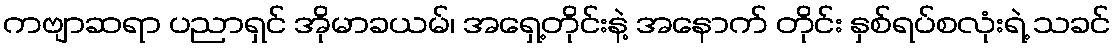
ကဗျာဆရာ ပညာရှင် အိုမာခယမ်၊ အရှေ့တိုင်းနဲ့ အနောက် တိုင်း နှစ်ရပ်စလုံးရဲ့ သခင်